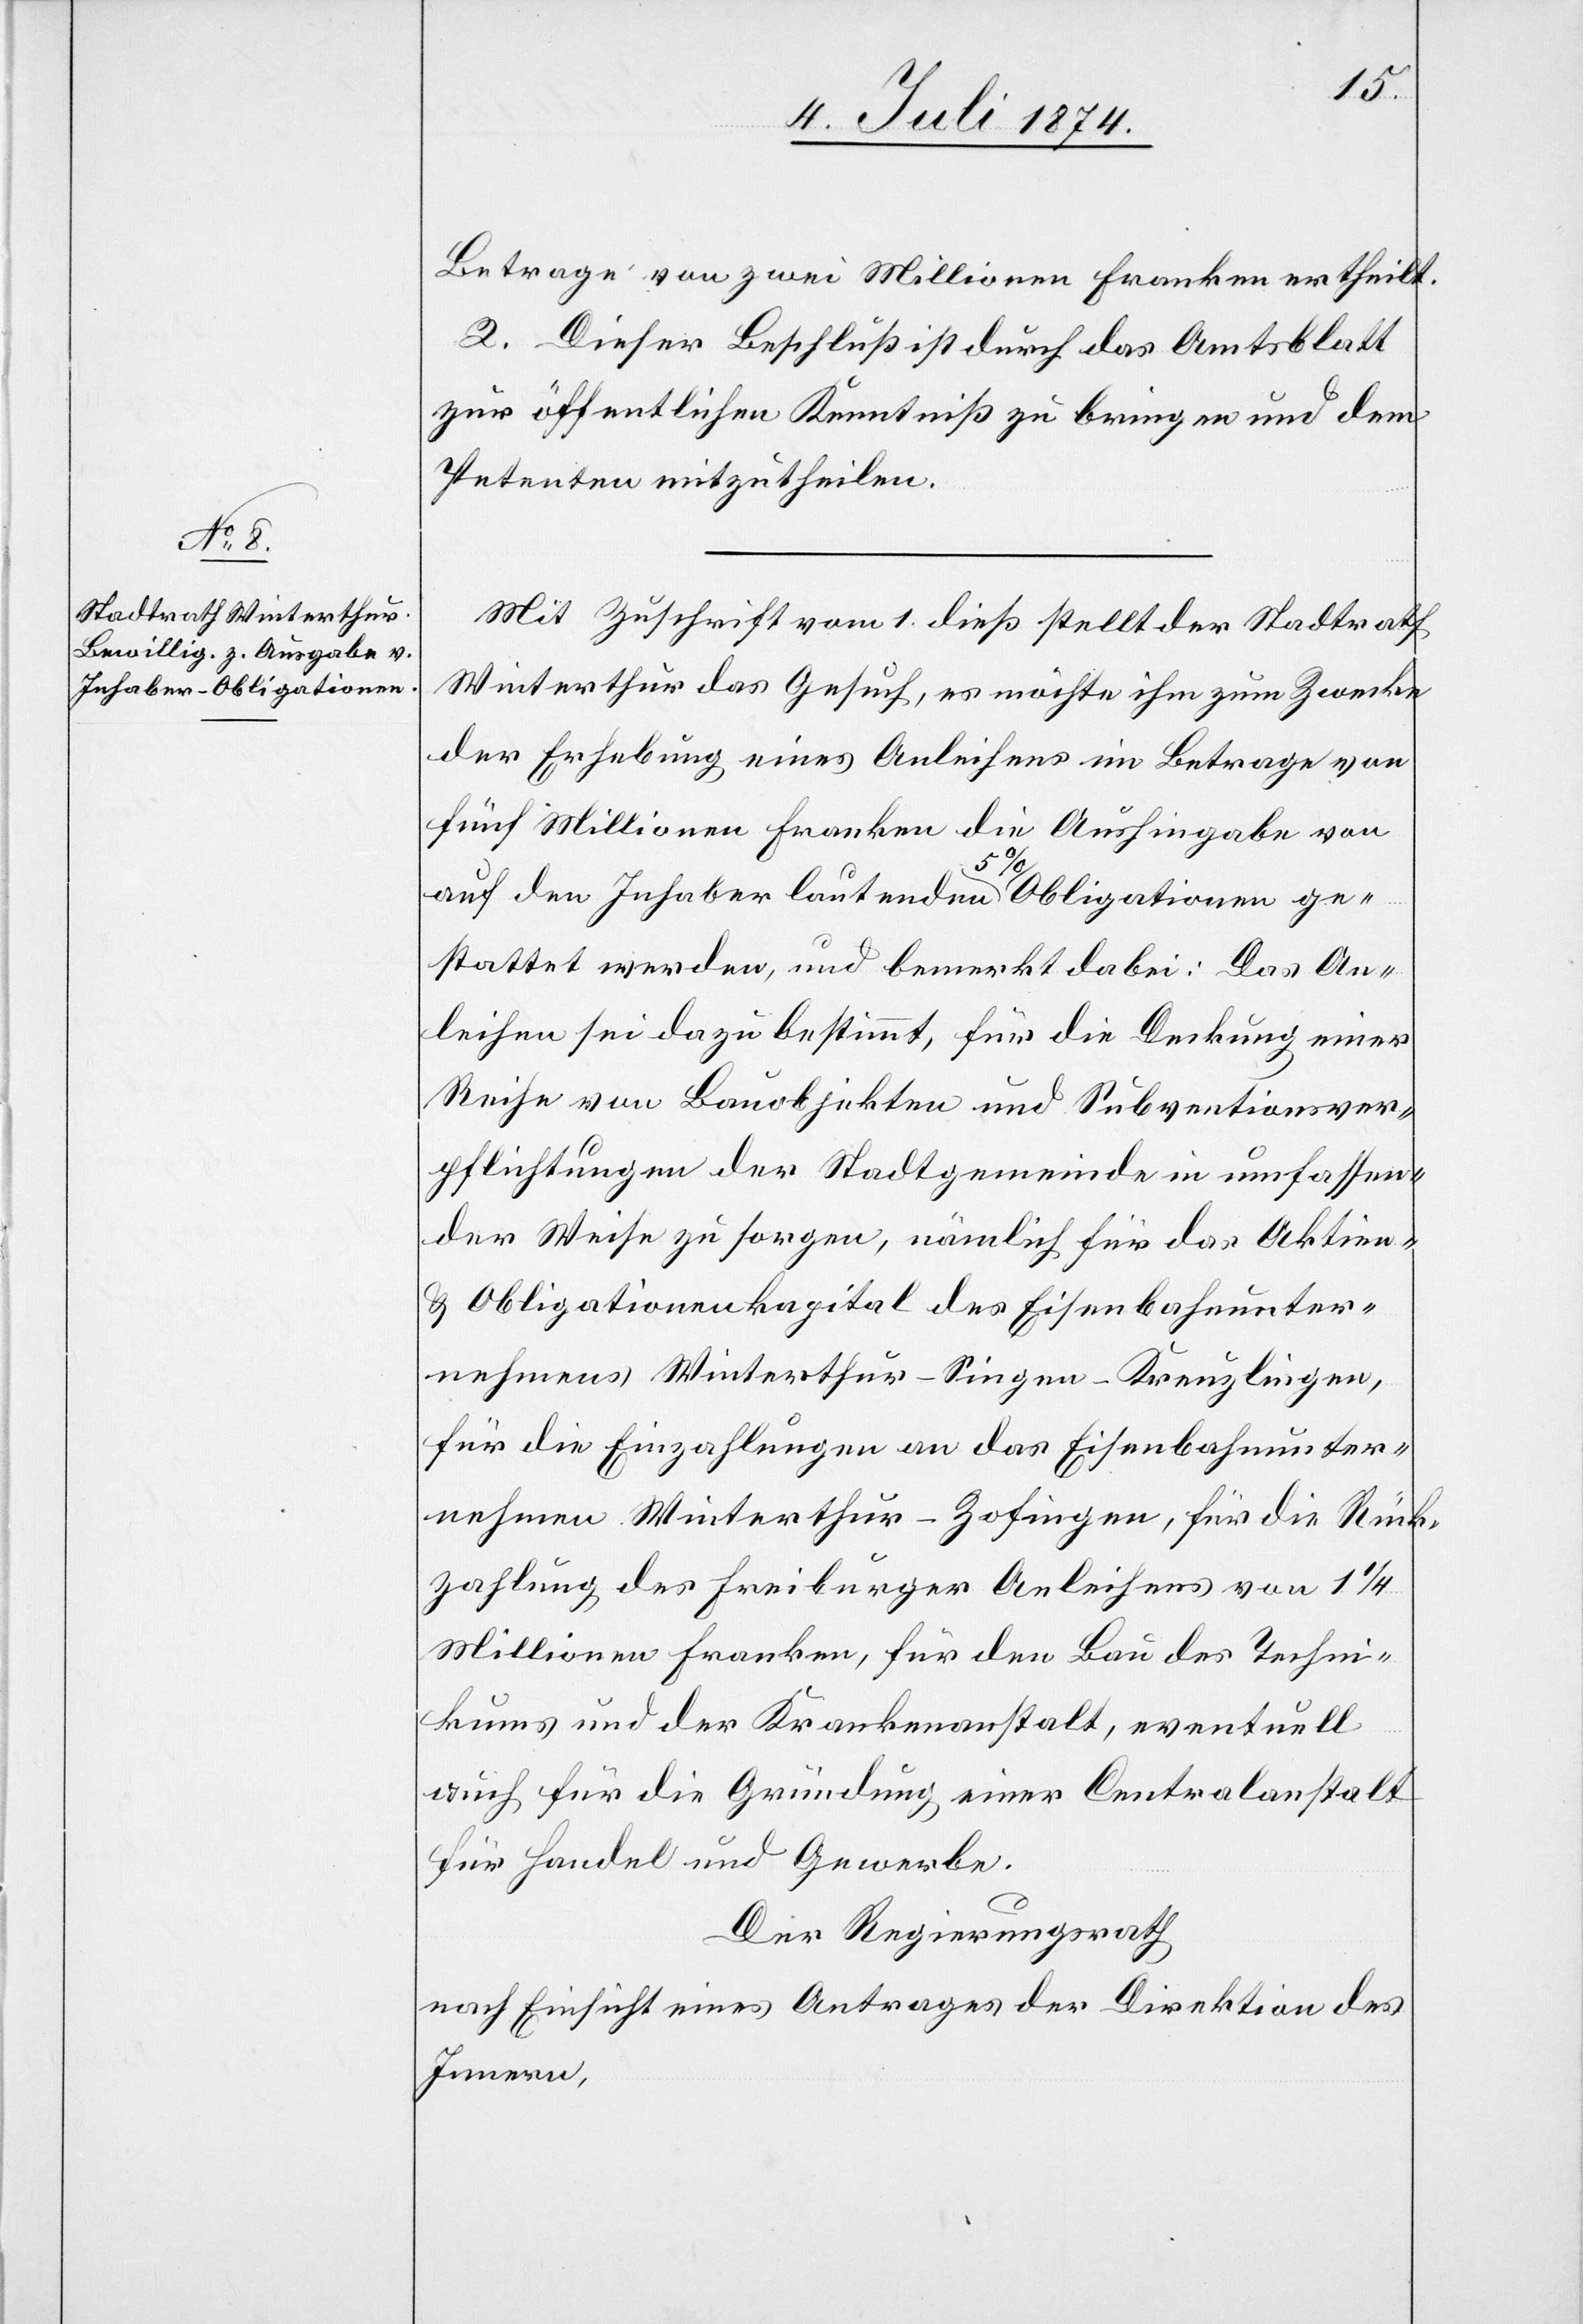
Betrage von zwei Millionen Franken ertheilt.
2. Dieser Beschluß ist durch das Amtsblatt
zur öffentlichen Kenntniß zu bringen und dem
Petenten mitzutheilen.
Mit Zuschrift vom 1. dieß stellt der Stadtrath
Winterthur das Gesuch, es möchte ihm zum Zwecke
der Erhebung eines Anleihens im Betrage von
fünf Millionen Franken die Aushingabe von
auf den Inhaber lautenden 5% Obligationen ge¬
stattet werden, und bemerkt dabei: Das An¬
leihen sei dazu bestimmt, für die Deckung einer
Reihe von Bauobjekten und Subventionsver¬
pflichtungen der Stadtgemeinde in umfassen¬
der Weise zu sorgen, nämlich für das Aktien-
u. Obligationenkapitel des Eisenbahnunter¬
nehmens Winterthur–Singen–Kreuzlingen,
für di Einzahlungen an das Eisenbahnunter¬
nehmen Winterthur–Zofingen, für die Rück¬
zahlung des Freiburger Anleihens von 1 1/4
Millionen Franken, für den Bau des Techni¬
kums und der Krankenanstalt, eventuell
auch für die Gründung einer Centralanstalt
für Handel und Gewerbe.
der Regierungsrath
nach Einsicht eines Antrages der Direktion des
Innern,